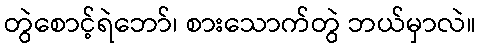
တွဲစောင့်ရဲဘော်၊ စားသောက်တွဲ ဘယ်မှာလဲ။